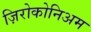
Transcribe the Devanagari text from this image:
ज़िरोकोनिअम